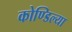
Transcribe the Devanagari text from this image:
कोण्डिल्या